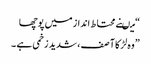
“میںنے محتاط انداز میں پوچھا
” وہ لڑکا آ صف ، شدید زخمی ہے ۔